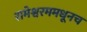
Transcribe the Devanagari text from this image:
रामेश्वरममधूनच